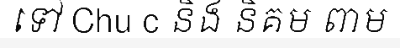
ទៅ Chu c និង និគម ពាម